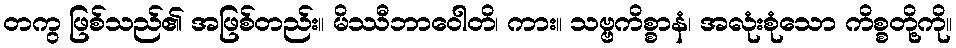
တကွ ဖြစ်သည်၏ အဖြစ်တည်း။ မိဿီဘာဝေါတိ၊ ကား။ သဗ္ဗကိစ္စာနံ၊ အလုံးစုံသော ကိစ္စတို့ကို။